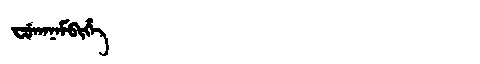
Manchu: ᠸᡠᡴᠠᠨᠠᠮᠪᡳᡥᡝ
Romanization: FUKANAMBIHE